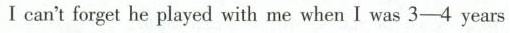
I can't forget he played with me whean I was 3-4 years